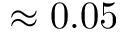
\approx 0 . 0 5